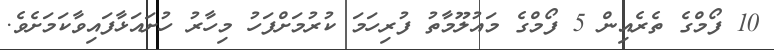
10 ފޯމްގެ ތެރެއިން 5 ފޯމްގެ މައުލޫމާތު ފުރިހަމަ ކުރުމަށްފަހު މިހާރު ހުށައަޅާފައިވާކަމަށެވެ.